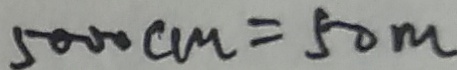
5 0 0 0 c m = 5 0 m